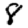
Digit: 8